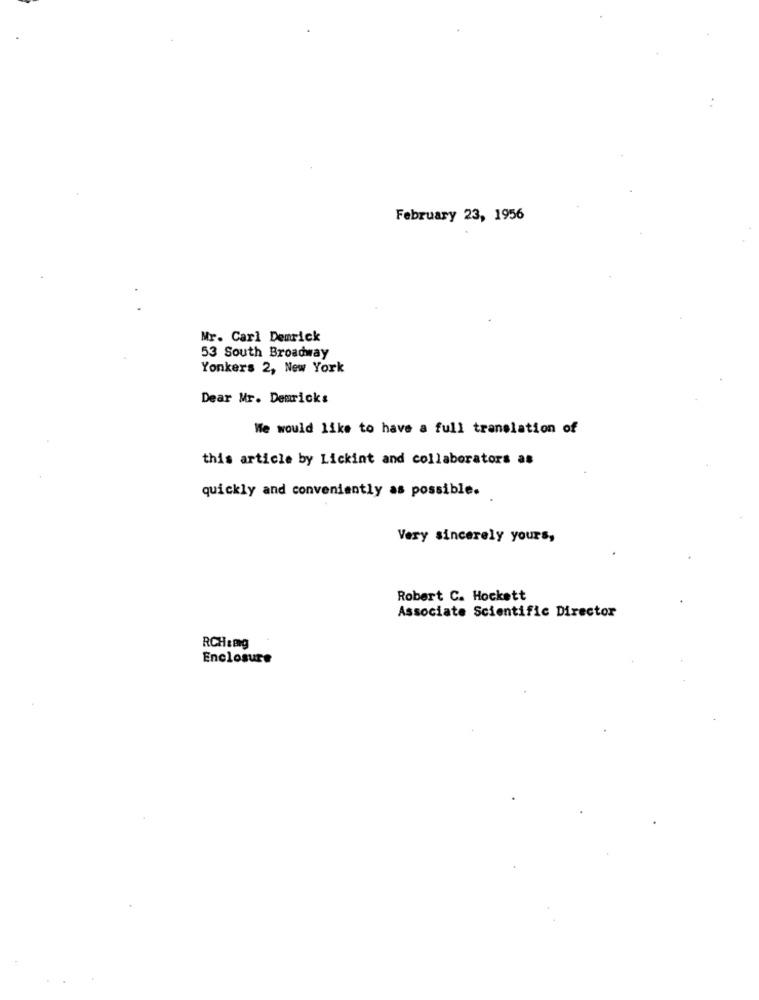
February 23, 1956
Mr. Carl Demrick
53 South Broadway
Yonkers 2, New York
Dear Mr. Demricks
We would like to have a full translation of
this article by Lickint and collaborators as
quickly and conveniently as possible.
Very sincerely yours,
Robert C. Hockett
Associate Scientific Director
RCH:mg
Enclosure